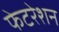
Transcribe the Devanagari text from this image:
फेटरेशन